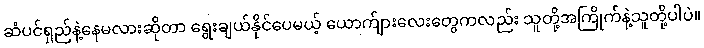
ဆံပင်ရှည်နဲ့နေမလားဆိုတာ ရွေးချယ်နိုင်ပေမယ့် ယောက်ျားလေးတွေကလည်း သူတို့အကြိုက်နဲ့သူတို့ပါပဲ။